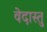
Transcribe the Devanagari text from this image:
वेदास्तु